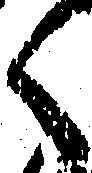
く